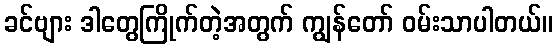
ခင်ဗျား ဒါတွေကြိုက်တဲ့အတွက် ကျွန်တော် ဝမ်းသာပါတယ်။